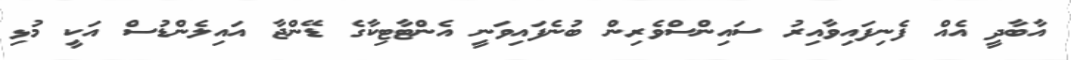
އާބާދީ އެއް ފެނިފައިވާއިރު ސައިންސްވެރިން ބުނެފައިވަނީ އެންޓާޓިކާގެ ޑޭންޖާ އައިލެންޑުސް އަކީ މުޅި